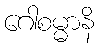
ဂေါစမ္မာနိ